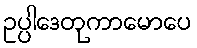
ဥပ္ပါဒေတုကာမောပေ